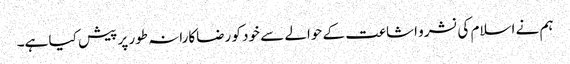
ہم نے اسلام کی نشرو اشاعت کے حوالے سے خود کو رضاکارانہ طور پر پیش کیا ہے۔